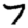
Digit: 7